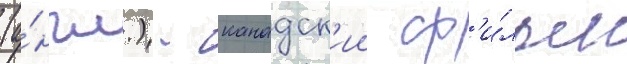
(а́нгл.) - канадск'ии ф'и́льм